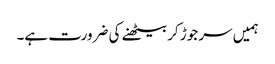
ہمیں سر جوڑ کر بیٹھنے کی ضرورت ہے۔